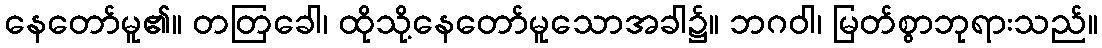
နေတော်မူ၏။ တတြခေါ၊ ထိုသို့နေတော်မူသောအခါ၌။ ဘဂဝါ၊ မြတ်စွာဘုရားသည်။